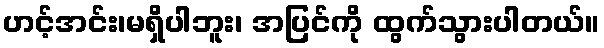
ဟင့်အင်း၊မရှိပါဘူး၊ အပြင်ကို ထွက်သွားပါတယ်။